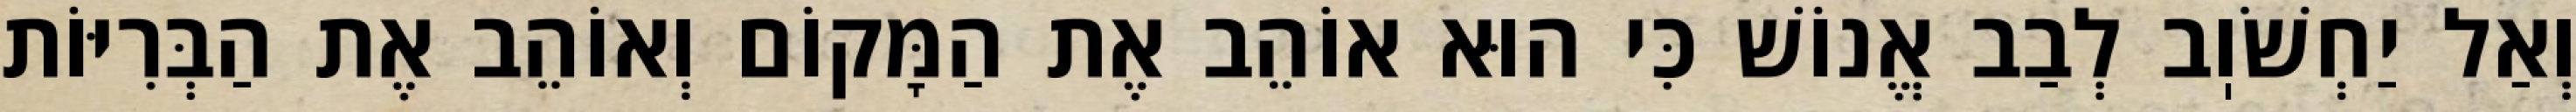
וְאַל יַחְשֹׁוֽב לְבַב אֱנוֹשׁ כִּי הוּא אוֹהֵב אֶת הַמָּקוֹם וְאוֹהֵב אֶת הַבְּרִיּוֹת